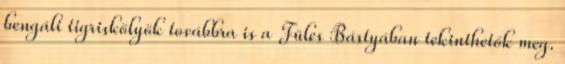
bengáli tigriskölyök továbbra is a Füles Bástyában tekinthetők meg.